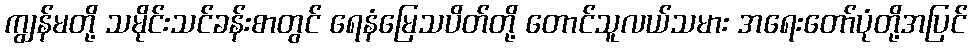
ကျွန်မတို့ သမိုင်းသင်ခန်းစာတွင် ရေနံမြေသပိတ်တို့ တောင်သူလယ်သမား အရေးတော်ပုံတို့အပြင်